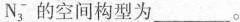
N^{-}_{3}的空间构型为___。